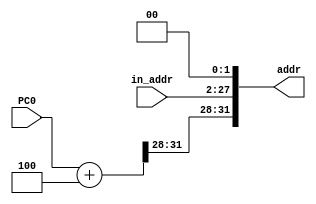
`timescale 1ns / 1ps
 
module PCAddr(input [25:0] in_addr,
              input [31:0] PC0,
				  output reg [31:0] addr);
    wire [27:0] mid;
	 reg [31:0] PC4;
	 assign mid = in_addr << 2;
    always @(in_addr) begin
	     PC4 <= PC0+4;
        addr <= {PC4[31:28], mid[27:0]};
    end
 
endmodule